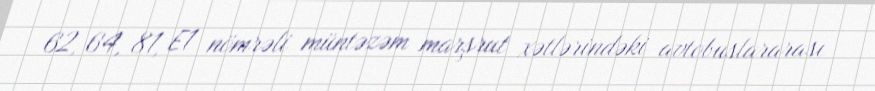
62, 64, 81, E1 nömrəli müntəzəm marşrut xətlərindəki avtobuslararası